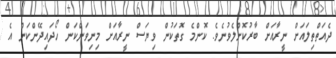
ދެއަތްތިލައަށް ނީރާއަށް ބާރުކޮށްލެވުނެވެ. ކޮންމެ ގޮތަކުން ވިޔަސް ނީރާއަށް މިނިވަންކަން ހޯދައިދޭންކަން އެ